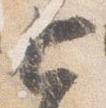
七